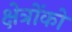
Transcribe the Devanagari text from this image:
क्षेत्रोंको